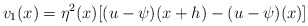
\begin{align*}v_{1}(x)= \eta^{2}(x) [(u-\psi)(x+h)-(u-\psi)(x)] \end{align*}